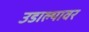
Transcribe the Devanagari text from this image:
उडाल्यावर